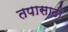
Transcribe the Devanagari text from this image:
तपासाठी